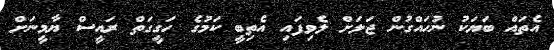
އެތައް ބަޔަކު ނުހައްގުން ޖަލަށް ލެވިފައި އެތިބީ ކަމުގެ ހަގީގަތް ރައީސް ޔާމީނަށް